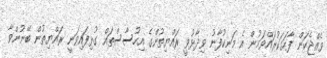
ވެއްޖެކަން ފާހަގަކުރައްވަމުން އެ މަނިކުފާނު ވިދާޅުވީ ރައްޔިތުންގެ އިހުސާސްތައް ގުޅިފައިވަނީ ރައްޔިތުން ބޭނުންވާ